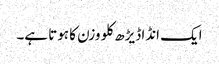
ایک انڈا ڈیڑھ کلو وزن کا ہوتا ہے۔